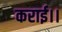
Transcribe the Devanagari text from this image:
कराई।।